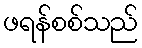
ဖရန်စစ်သည်